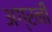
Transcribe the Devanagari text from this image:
अग्रनी